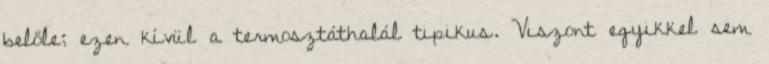
belőle; ezen kívül a termosztáthalál tipikus. Viszont egyikkel sem